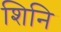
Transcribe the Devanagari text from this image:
शिनि